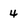
Character: 4